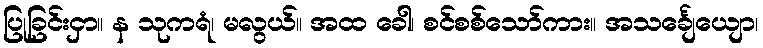
ပြုခြင်းငှာ။ န သုကရံ၊ မလွယ်။ အထ ခေါ၊ စင်စစ်သော်ကား။ အသင်္ချေယျော၊